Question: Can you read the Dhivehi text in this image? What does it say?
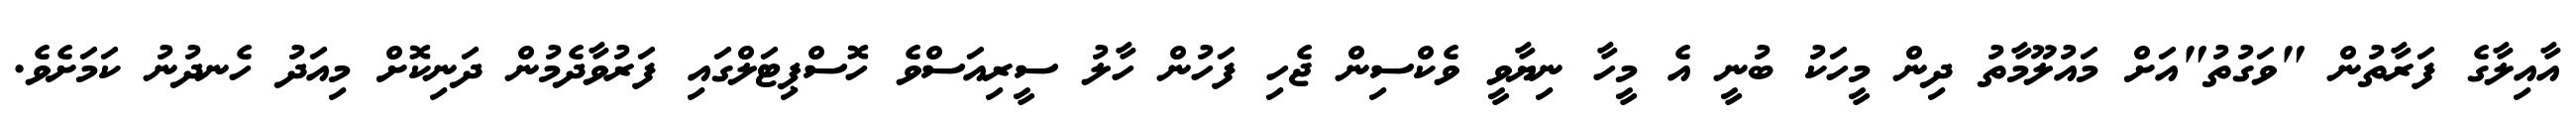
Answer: އާއިލާގެ ފަރާތުން "ވަގުތު"އަށް މައުލޫމާތު ދިން މީހަކު ބުނީ އެ މީހާ ނިޔާވީ ވެކްސިން ޖެހި ފަހުން ހާލު ސީރިއަސްވެ ހޮސްޕިޓަލްގައި ފަރުވާދެމުން ދަނިކޮށް މިއަދު ހެނދުނު ކަމަށެވެ.